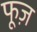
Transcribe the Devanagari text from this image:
फूज़